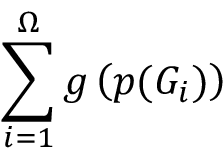
\sum _ { i = 1 } ^ { \Omega } g \left( p ( G _ { i } ) \right)